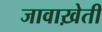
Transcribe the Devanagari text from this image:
जावाख़ेती